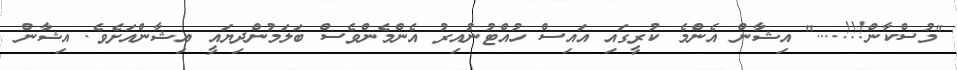
"މުސްކާން!!!...." އިޝާން އެންމެ ކުރީގައި އައިސް ހުއްޓުނުއިރު އެންމެންވެސް ބަލަމުންދިޔައީ އިޝާންއަށެވެ. އިޝާން